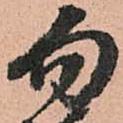
勿